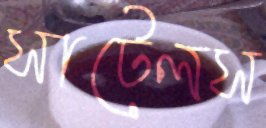
সাটেলস